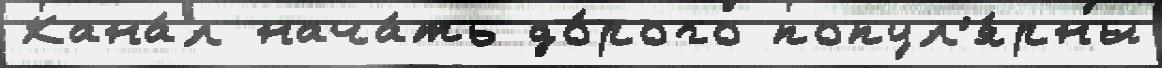
Кана́л нача́ть до́рого попул'я́рны